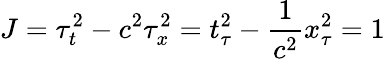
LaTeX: J=\tau_{t}^{2}-c^{2}\tau_{x}^{2}=t_{\tau}^{2}-\frac{1}{c^{2}}x_{\tau}^{2}=1